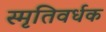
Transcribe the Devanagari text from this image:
स्मृतिवर्धक